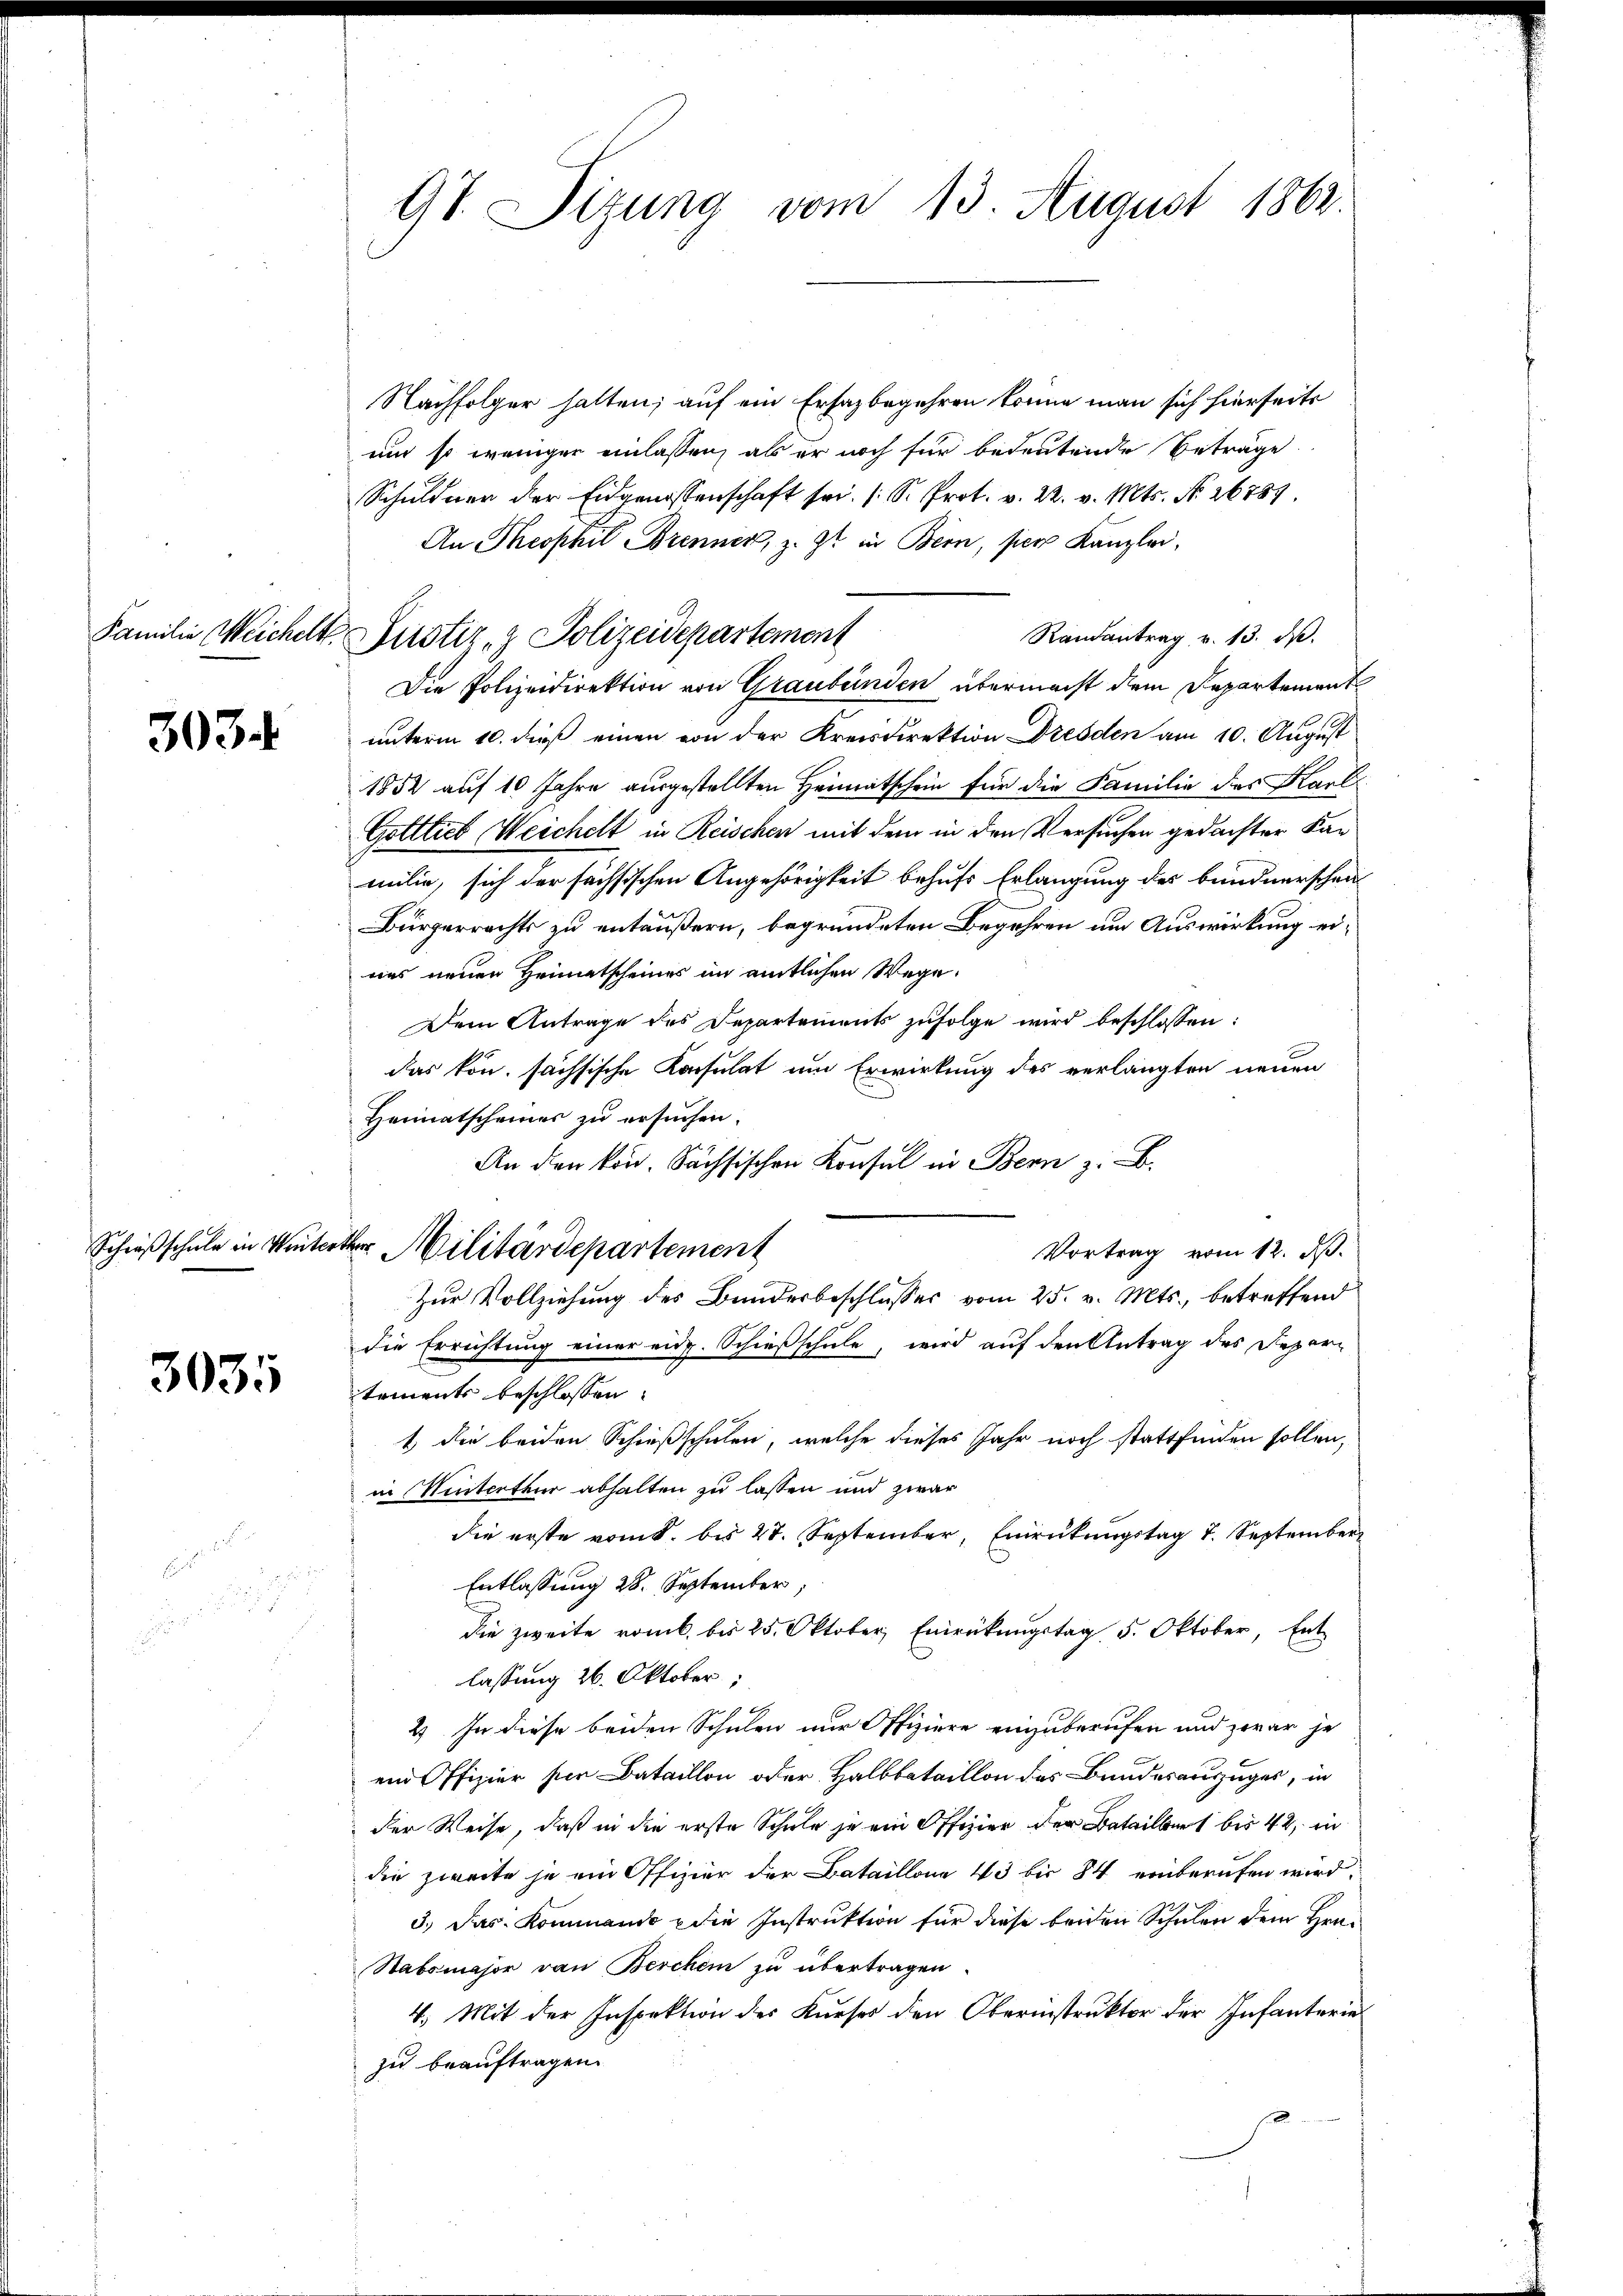
303.

3035

97. Sitzung vom 13. August 1862.

Nachfolger hatten; auf ein Ersazbegehren könne man sich hierseits
und so weniger einlassen, als er noch für bedeutende Beträge
Schuldner der Eidgenossenschaft sei. (S. Prot. v. 22. v. Mts. No. 26789.
An Theophil Brenner, z. Zt. in Bern, ser Kanzlei,
Randantrag v. 13. d.
Die Polizeidirektion von Graubünden übermacht dem Repartement
unterm 10. dieß einen von der Kreisdirektion Dresden am 10. August
1852 auf 10 Jahre ausgestellten Heimatschein für die Familie des Karl
Gottlieb Weichelt in Reischen mit dem in den Versuchen gedachter Kan
milie, sich der sechsischen Angehörigkeit behufs Erlangung des bundnerschen
Bürgerrechts zu entäußern, begründeten Begehren um Auswirkung eiuns neuen Heimatscheiner im amtlichen Wege.
Dem Antrage des Separtements zufolge wird beschlossen:
das kön. sächsische Konsulat um Erwirkung des verlangten neuen
Heimatscheiner zu ersuchen.
An den kon. Sächsischen Konsul in Bern z. B.
Vortrag vom 12. dß.
Zur Vollziehung des Bundesbeschlusses vom 25. v. Mts., betreffend
die Errichtung einer eid. Schießschule, wird auf den Antrag des Departements beschlossen:
1 die beiden Schießschulen, welche dieses Jahr noch stattfinden sollen,
in Winterthur abhalten zu lassen und zwar
die erste vom 8. bis 27. September, Einrückungstag 7. September
Entlassung 28. September,
die zweite romb. bis 25. Oktober Einrückungstag 5. Oktober, Ent-
lassung 26. Oktober
 x
2) In diese beiden Schulen nur Offiziere einzuberufen und zwar je
ein Offizier per Bataillon oder Halbbataillon des Bundesauszuges, in
der Weise, daß in die erste Schule je ein Offizier der Batailbert bis 42, in
die zweite je ein Offizier der Bataillone 43 bis 84 einberufen wird.
3.) Das Kommando die Instruktion für diese beiden Schulen dem Hrn.
Stabsmajor van Berchein zu übertragen.
4.) Mit der Inspektion des Kueser den Oberinstruktor der Infanterie
zu beauftragen.

Familie Weichelt Justiz- & Polizeidepartement

Schreisschule in Winterther Militärdepartement